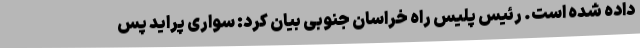
داده شده است. رئیس پلیس راه خراسان جنوبی بیان کرد: سواری پراید پس